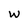
Character: w